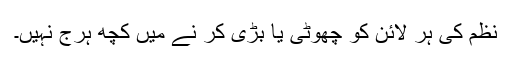
نظم کی ہر لائن کو چھوٹی یا بڑی کر نے میں کچھ ہرج نہیں۔